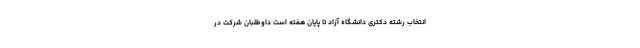
انتخاب رشته دکتری دانشگاه آزاد تا پایان هفته است داوطلبان شرکت در